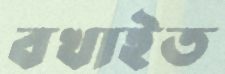
বখাইত